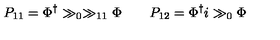
P _ { 1 1 } = \Phi ^ { \dagger } \gg _ { 0 } \gg _ { 1 1 } \Phi \qquad P _ { 1 2 } = \Phi ^ { \dagger } i \gg _ { 0 } \Phi